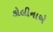
કોલીનાએ